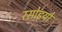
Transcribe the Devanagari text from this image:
रसोइयो